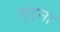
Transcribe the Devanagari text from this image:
मूंड़ना